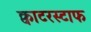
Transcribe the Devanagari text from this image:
क्वाटरस्टाफ